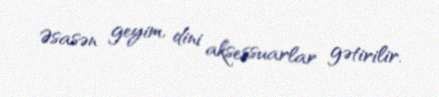
Əsasən geyim, dini aksessuarlar gətirilir.